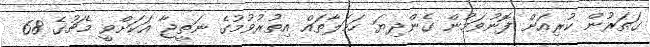
ގަތަރުން ކުރިއަށް ފޮނުވަމުން ގެންދިޔަ ހަމަލާތައް އިތުރުވުމުގެ ނަތީޖާ އަކަށްވީ މެޗުގެ 68